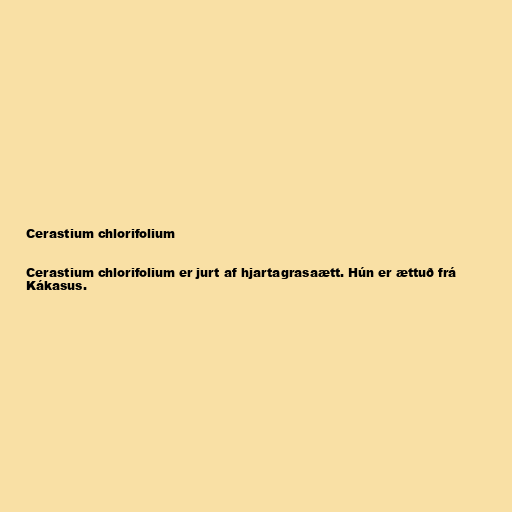
Cerastium chlorifolium

Cerastium chlorifolium er jurt af hjartagrasaætt. Hún er ættuð frá
Kákasus.